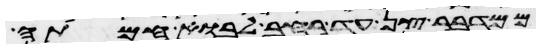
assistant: ממדבר צן עד רחב לבוא חמתה